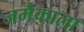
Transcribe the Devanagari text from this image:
जमैकाला